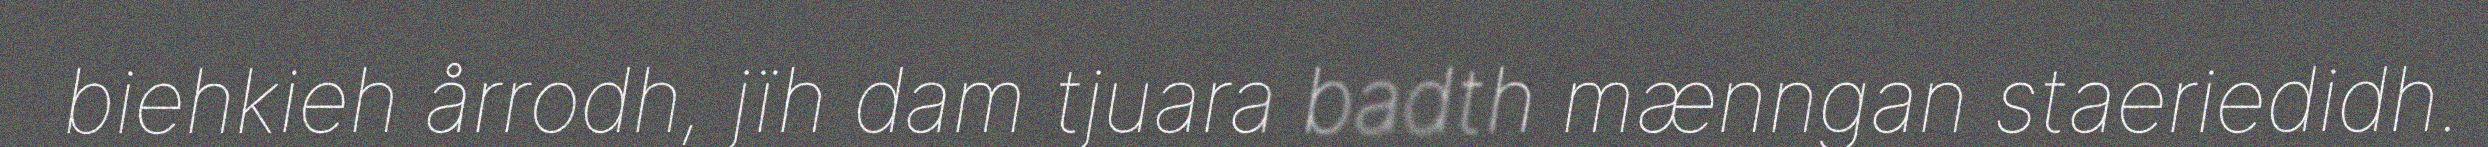
biehkieh årrodh, jïh dam tjuara badth mænngan staeriedidh.